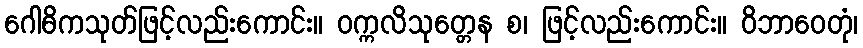
ဂေါဓိကသုတ်ဖြင့်လည်းကောင်း။ ဝက္ကလိသုတ္တေန စ၊ ဖြင့်လည်းကောင်း။ ဝိဘာဝေတုံ၊